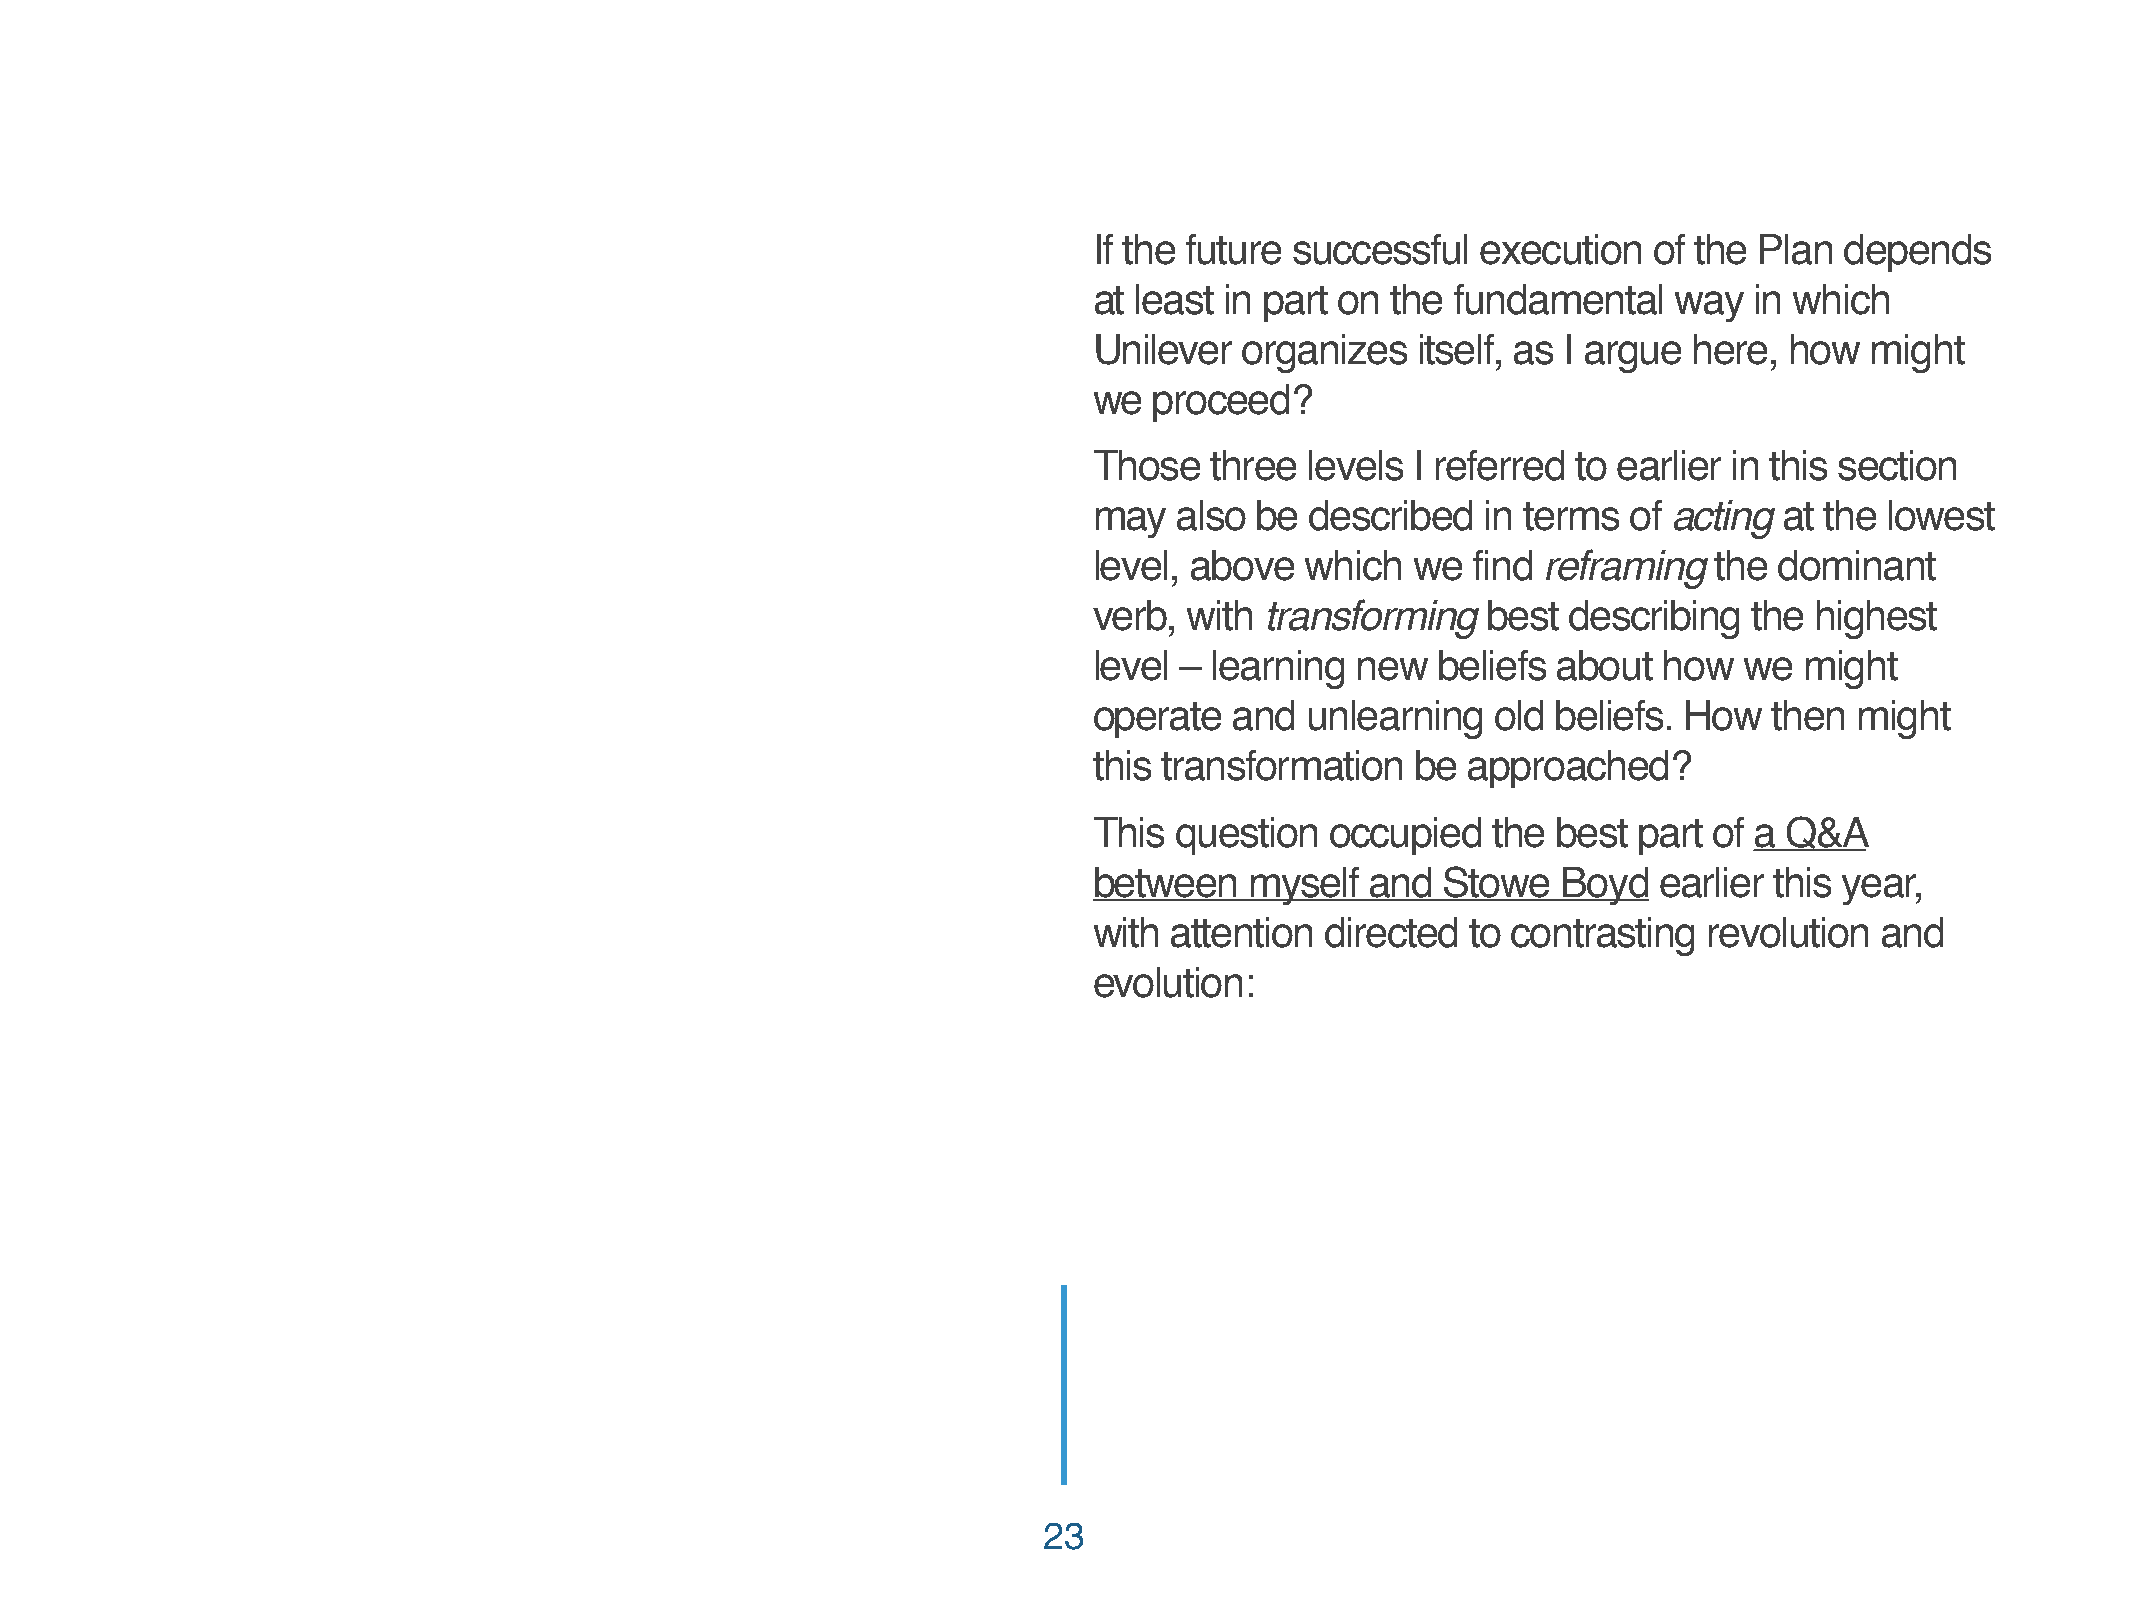
If the future successful  execution  of the Plan  depends
 at least in part on the fundamental    way  in which
 Unilever  organizes   itself, as I argue here, how  might
 we  proceed?
 Those   three levels  I referred to earlier in this section
 may   also be  described  in terms  of acting at the lowest
 level, above  which   we find reframing  the  dominant
 verb,  with transforming  best  describing  the highest
 level – learning  new  beliefs about  how  we  might
 operate   and unlearning   old beliefs. How  then  might
 this transformation   be approached?
 This  question  occupied   the best part of a Q&A
 between    myself  and  Stowe  Boyd   earlier this year,
 with attention  directed to contrasting  revolution and
 evolution:
 23